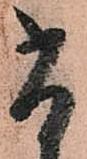
尚